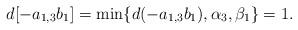
LaTeX: \begin{align*}d[-a_{1,3}b_{1}]=\min\{d(-a_{1,3}b_{1}),\alpha_{3},\beta_{1}\}=1.\end{align*}